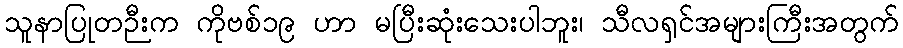
သူနာပြုတဉီးက ကိုဗစ်၁၉ ဟာ မပြီးဆုံးသေးပါဘူး၊ သီလရှင်အများကြီးအတွက်